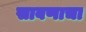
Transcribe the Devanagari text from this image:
साबणाचा